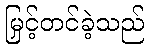
မြှင့်တင်ခဲ့သည်